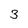
Character: 3